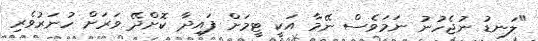
"ލަނޑު ނުޖެހުނު ނަމަވެސް ނޭމާ އަކީ ޓީމަށް ފައިދާ ކޮށްދޭ ވަރަށް ހުނަރުވެރި